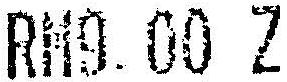
RM9.00 Z